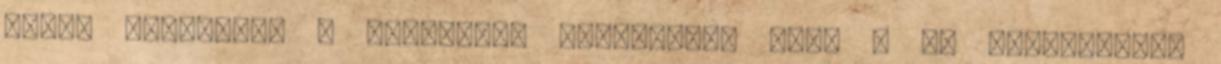
lehet megérteni a kettősség területén, mert a 3. dimenzióban